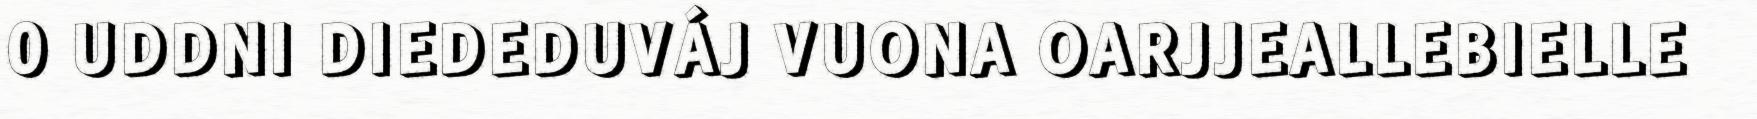
0 UDDNI DIEDEDUVÁJ VUONA OARJJEALLEBIELLE